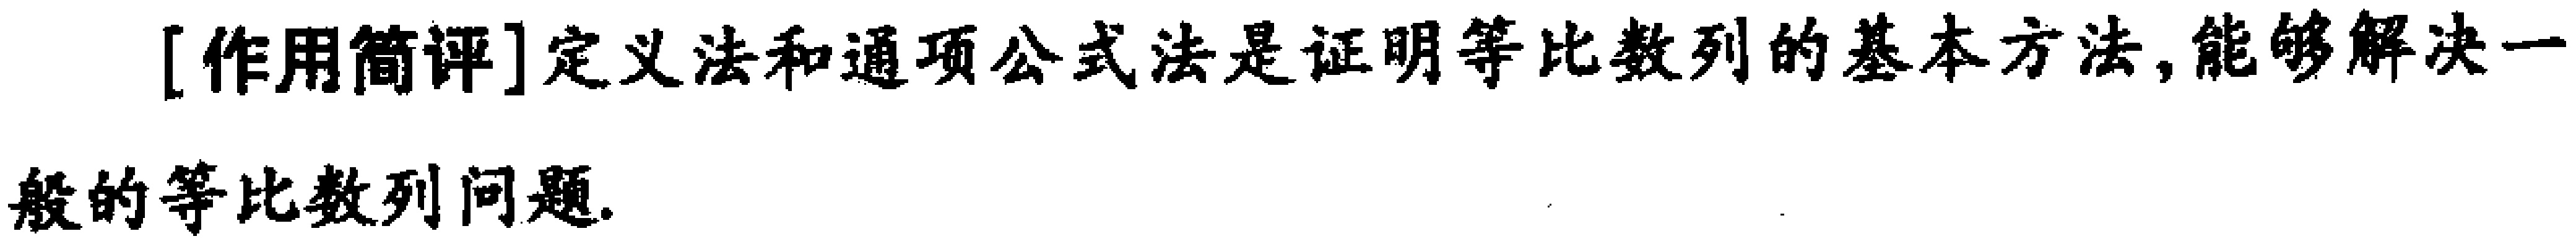
[作用简评]定义法和通项公式法是证明等比数列的基本方法,能够解决一般的等比数列问题.